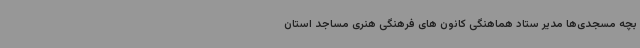
بچه مسجدی‌ها مدیر ستاد هماهنگی کانون های فرهنگی هنری مساجد استان